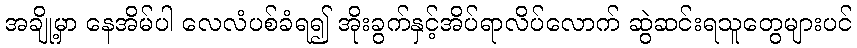
အချို့မှာ နေအိမ်ပါ လေလံပစ်ခံရ၍ အိုးခွက်နှင့်အိပ်ရာလိပ်လောက် ဆွဲဆင်းရသူတွေများပင်